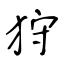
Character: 狩